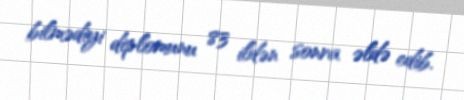
bilmədiyi diplomunu 83 ildən sonra əldə edib.